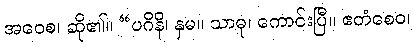
အဝေစ၊ ဆို၏။ “ပဂိနိ၊ နှမ။ သာဓု၊ ကောင်းပြီ။ ဧတံစေဝ၊